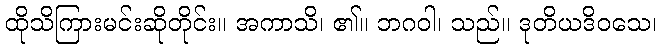
ထိုသိကြားမင်းဆိုတိုင်း။ အကာသိ၊ ၏။ ဘဂဝါ၊ သည်။ ဒုတိယဒိဝသေ၊